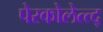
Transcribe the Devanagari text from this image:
पेरकोलेत्त्द्